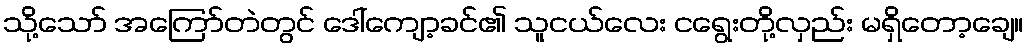
သို့သော် အကြော်တဲတွင် ဒေါ်ကျော့ခင်၏ သူငယ်လေး ငရွေးတို့လှည်း မရှိတော့ချေ။